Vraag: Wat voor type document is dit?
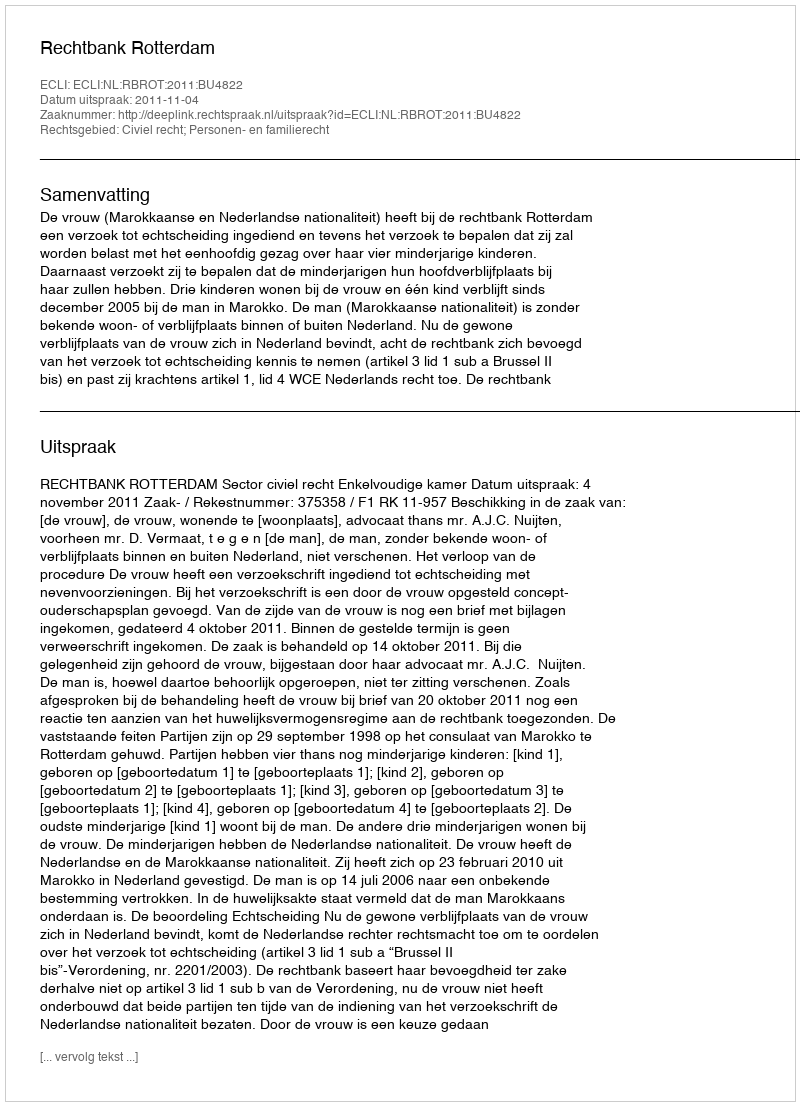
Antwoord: Uitspraak